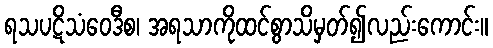
ရသပဋိသံဝေဒီစ၊ အရသာကိုထင်စွာသိမှတ်၍လည်းကောင်း။